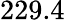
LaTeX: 229.4